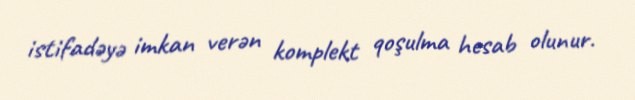
istifadəyə imkan verən komplekt qoşulma hesab olunur.